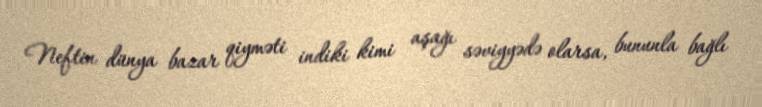
Neftin dünya bazar qiyməti indiki kimi aşağı səviyyədə olarsa, bununla bağlı